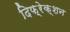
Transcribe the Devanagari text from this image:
दिफ़्रेक्शन